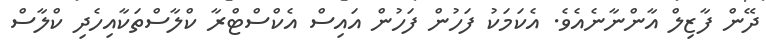
ދޭން ފާޒިލް އާންނާނެއެވެ. އެކަމަކު ފަހުން ފަހުން އައިސް އެކްސްޓްރާ ކްލާސްތަކާއިހެދި ކްލާސް